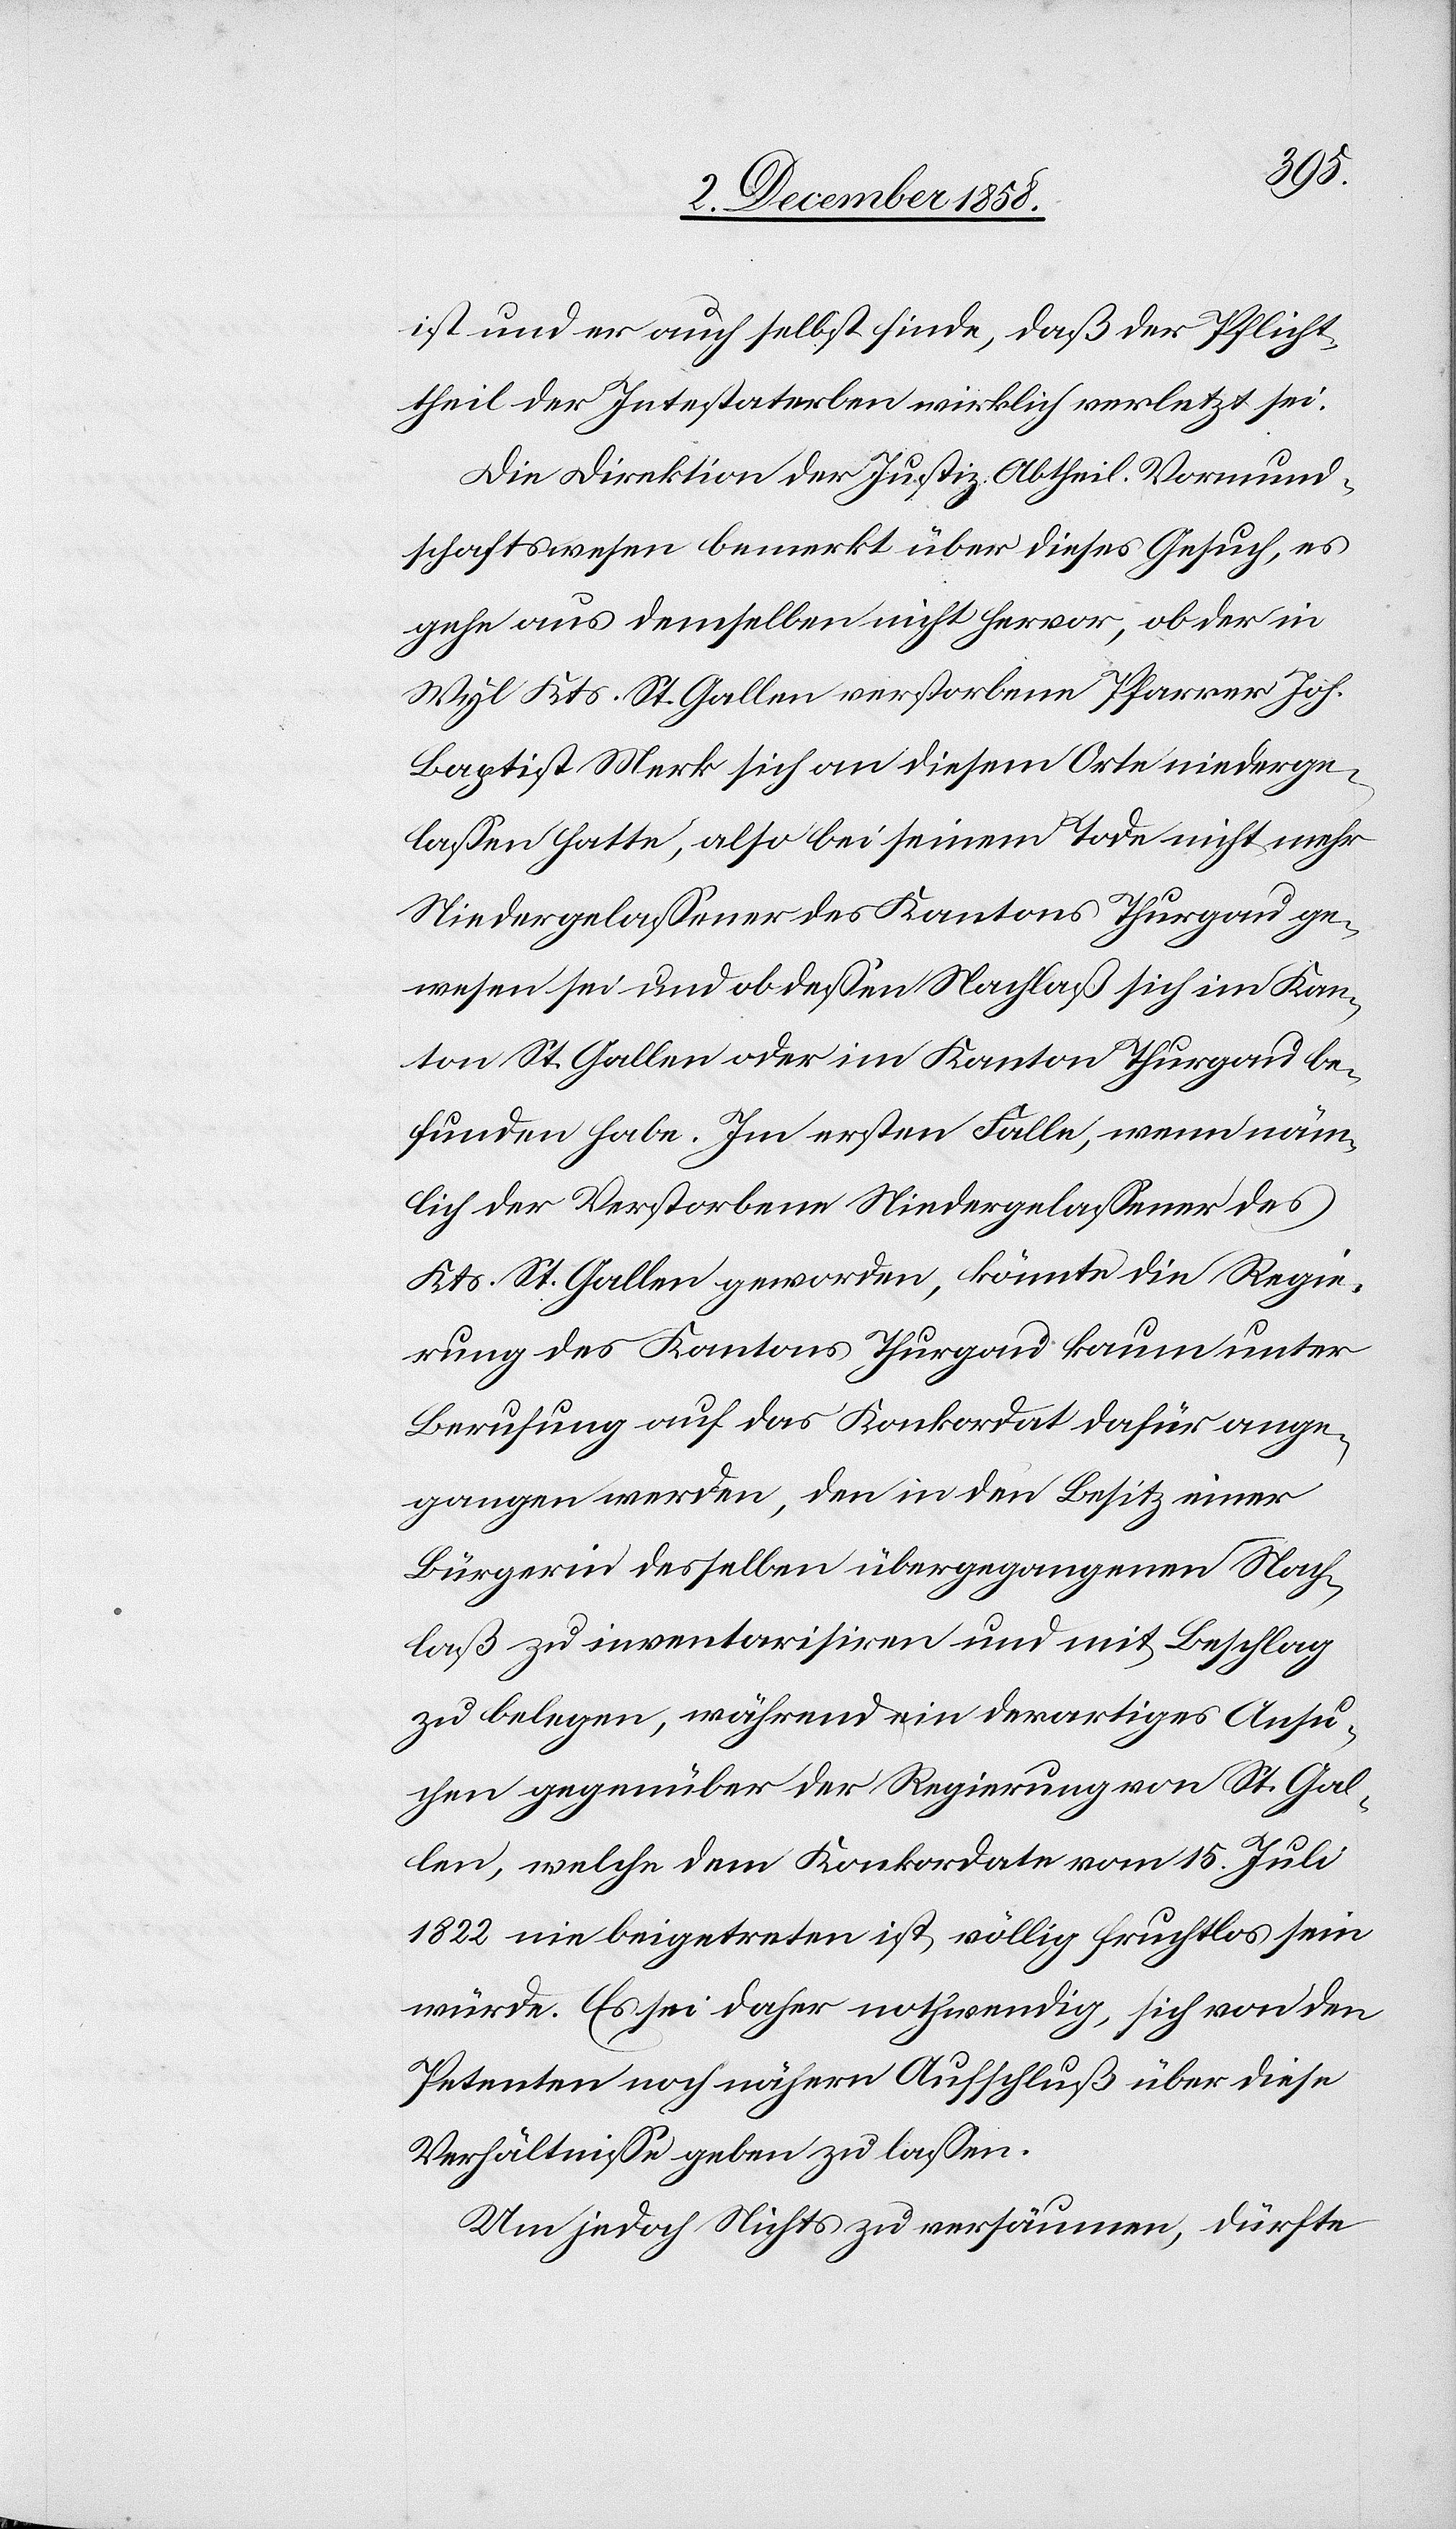
ist und er auch selbst finde, daß der Pflicht¬
theil der Intestaterben wirklich verletzt sei.
Die Direktion der Justiz Abtheil. Vormund¬
schaftswesen bemerkt über dieses Gesuch, es
gehe aus demselben nicht hervor, ob der in
Wyl Kts. St. Gallen verstorbene Pfarrer Joh.
Baptist Merk sich an diesem Orte niederge¬
lassen hatte, also bei seinem Tode nicht mehr
Niedergelassener des Kantons Thurgau ge¬
wesen sei und ob dessen Nachlaß sich im Kan¬
ton St. Gallen oder im Kanton Thurgau be¬
funden habe. Im ersten Falle, wenn näm¬
lich der Verstorbene Niedergelassener des
Kts. St. Gallen geworden, könnte die Regie¬
rung des Kantons Thurgau kaum unter
Berufung auf das Konkordat dafür ange¬
gangen werden, den in den Besitz einer
Bürgerin desselben übergegangenen Nach¬
laß zu inventarisiren und mit Beschlag
zu belegen, während ein derartiges Ansu¬
chen gegenüber der Regierung von St. Gal¬
len, welche dem Konkordate vom 15. Juli
1822 nie beigetreten ist, völlig fruchtlos sein
würde. Es sei daher nothwendig, sich von den
Petenten noch nähern Aufschluß über diese
Verhältnisse geben zu lassen.
Um jedoch Nichts zu versäumen, dürfte